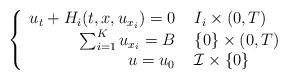
LaTeX: \begin{align*} \left\{ \begin{array}{r l}u_{t} + H_{i}(t,x,u_{x_{i}}) = 0 & \, \, I_{i} \times (0,T)\\\sum_{i = 1}^{K} u_{x_{i}} = B & \, \, \{0\} \times (0,T) \\u= u_{0} & \, \, \mathcal{I} \times \{0\}\end{array} \right.\end{align*}